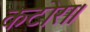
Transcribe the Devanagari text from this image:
कटोरा।